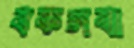
বকলবা